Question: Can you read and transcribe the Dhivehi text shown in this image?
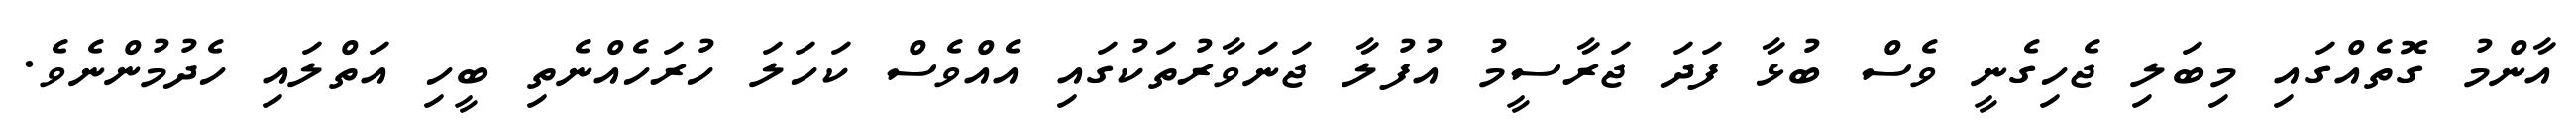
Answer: އާންމު ގޮތެއްގައި މިބަލި ޖެހިގެނީ ވެސް ބުޅާ ފަދަ ޖަރާސީމު އުފުލާ ޖަނަވާރުތަކުގައި އެއްވެސް ކަހަލަ ހުރަހެއްނެތި ބީހި އަތްލައި ހެދުމުންނެވެ.